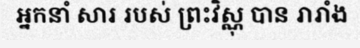
អ្នកនាំ សារ របស់ ព្រះវិស្ណុ បាន រារាំង